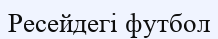
Ресейдегі футбол